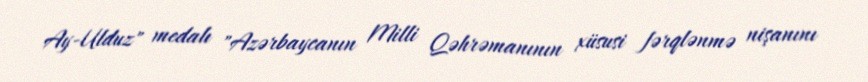
Ay-Ulduz" medalı "Azərbaycanın Milli Qəhrəmanının xüsusi fərqlənmə nişanını